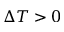
\Delta T > 0